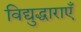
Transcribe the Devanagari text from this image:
विद्युद्धाराएँ